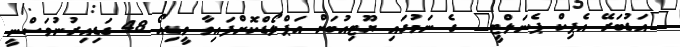
"އަޑުބަރޭ އެޕިކް ޕެނަލްޓީ" ގެ ނަމުގައި ޔޫޓިއުބަށް އަޕްލޯޑްކޮށްފައިވާ ވީޑިއޯ 48 ގަޑިއިރުނުވަސްނީ